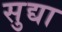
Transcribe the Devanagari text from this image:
सुद्या